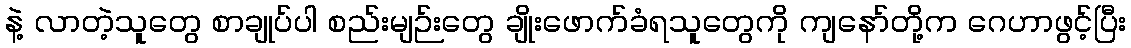
နဲ့ လာတဲ့သူတွေ စာချုပ်ပါ စည်းမျဉ်းတွေ ချိုးဖောက်ခံရသူတွေကို ကျနော်တို့က ဂေဟာဖွင့်ပြီး